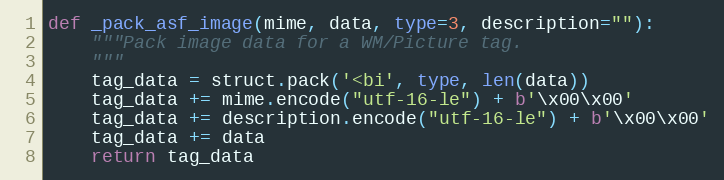
Language: Python
def _pack_asf_image(mime, data, type=3, description=""):
    """Pack image data for a WM/Picture tag.
    """
    tag_data = struct.pack('<bi', type, len(data))
    tag_data += mime.encode("utf-16-le") + b'\x00\x00'
    tag_data += description.encode("utf-16-le") + b'\x00\x00'
    tag_data += data
    return tag_data